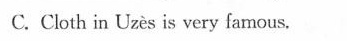
C. Cloth in Uzès is very famous.